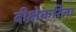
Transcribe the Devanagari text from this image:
दीक्षेकरिता